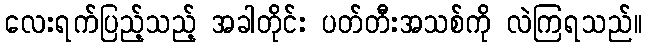
လေးရက်ပြည့်သည့် အခါတိုင်း ပတ်တီးအသစ်ကို လဲကြရသည်။